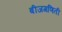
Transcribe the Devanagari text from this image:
बीजगणिती